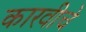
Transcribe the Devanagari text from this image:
कारवीचे